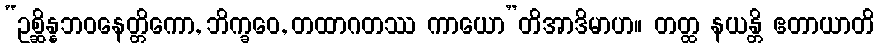
“ဥစ္ဆိန္နဘဝနေတ္တိကော, ဘိက္ခဝေ, တထာဂတဿ ကာယော”တိအာဒိမာဟ။ တတ္ထ နယန္တိ ဧတာယာတိ